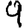
Digit: 9